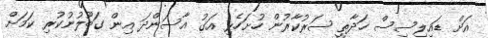
އަށް ޑައިލިސިސް ހަދާތީ ސަރުކާރުން ހުށަހެޅި އަގު އާސަންދަ އިން ގަބޫލުނުކުރި ކަމަށް